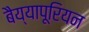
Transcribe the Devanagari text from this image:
बैय्यापूरियन